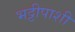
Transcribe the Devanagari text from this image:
भट्टीपाशी